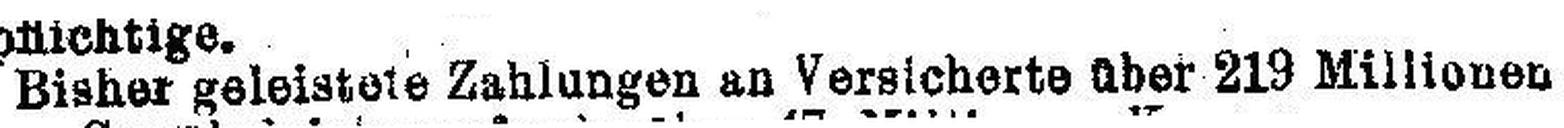
Bisher geleistete Zahlungen an Versicherte über 219 Millionen